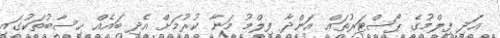
އަދި ފިލްމުގެ ޕޯސްޓަރުތައް އަންދާ ފިލްމު މަނާ ކުރުމަށް އެދި ބައެއް ހިސާބުތަކުގައި